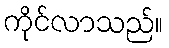
ကိုင်လာသည်။